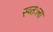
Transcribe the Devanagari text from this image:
स्व्तःला